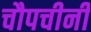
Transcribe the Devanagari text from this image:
चौपचीनी